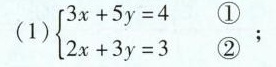
(1)$$\begin {cases} 3 x + 5 y = 0$$①\\ $$2